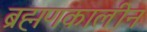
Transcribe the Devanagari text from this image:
ब्रह्मणकालीन